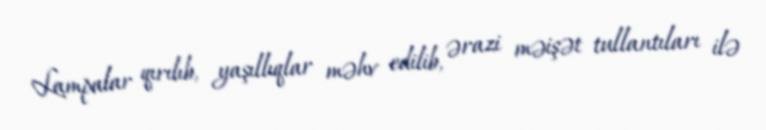
Lampalar qırılıb, yaşıllıqlar məhv edilib, ərazi məişət tullantıları ilə